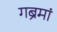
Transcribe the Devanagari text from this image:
गब्रेमां